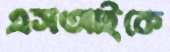
এসআইকে